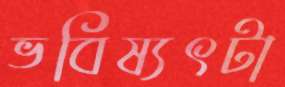
ভবিষ্যৎটা